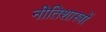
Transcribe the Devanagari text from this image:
नीतिशास्त्रों